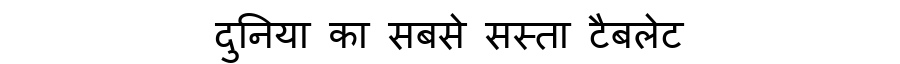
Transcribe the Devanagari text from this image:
दुनिया का सबसे सस्ता टैबलेट